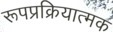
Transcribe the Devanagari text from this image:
रूपप्रक्रियात्मक